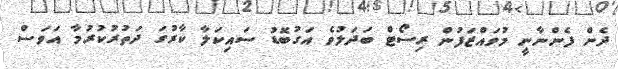
ދެން ފެންނާނީ މުވައްޒަފުން ރިސޯޓް ބަދަލުވެ އަގުބޮޑު ސައިކަލާ ކާރުގަ ދަތުރުކުރުމާ އަވަސް